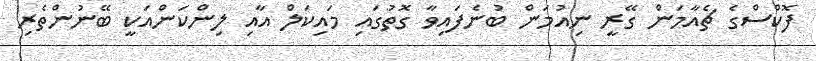
ފޮކްސްގެ ޗެއާމަން ގޭރީ ނިއުމަން ބުނެފައިވާ ގޮތުގައި މައިކަލް އާއި ލިންކަންއަކީ ބޭނުންތެރި